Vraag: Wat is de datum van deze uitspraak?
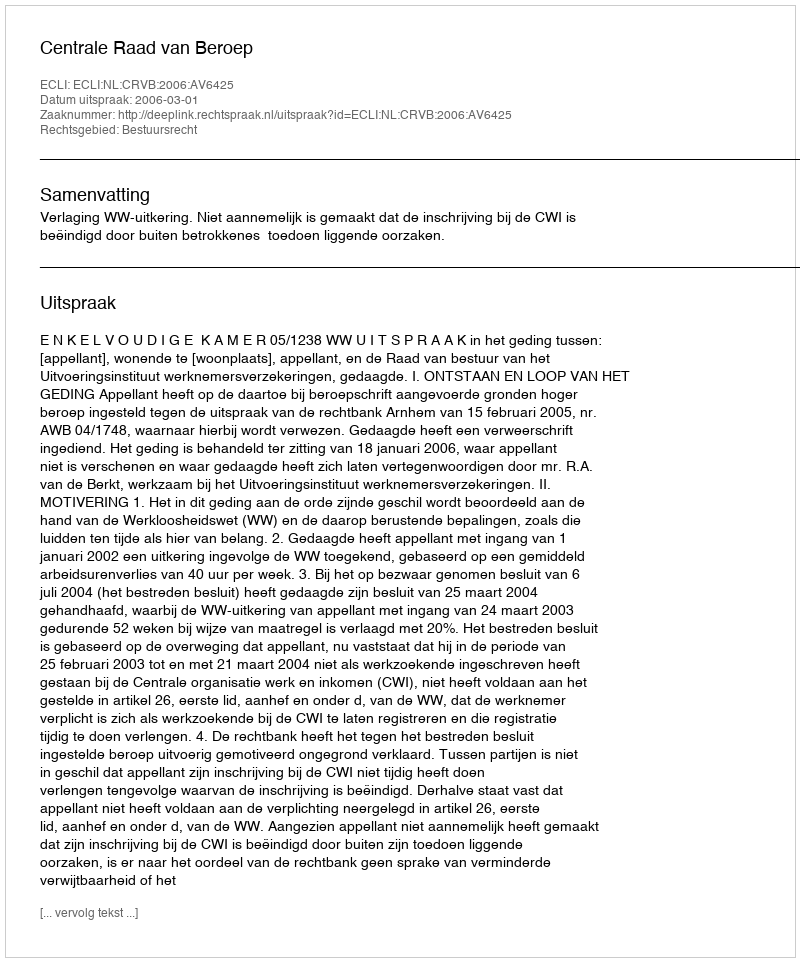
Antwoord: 2006-03-01